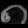
Digit: ၈